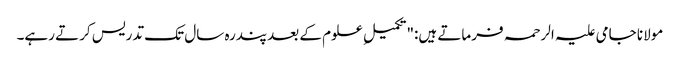
مولانا جامی علیہ الرحمہ فرماتے ہیں:"تکمیلِ علوم کے بعدپندرہ سال تک تدریس کرتے رہے۔